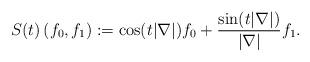
LaTeX: \begin{align*}S(t)\left(f_0, f_1\right):=\cos(t|\nabla|)f_0+\frac{\sin (t|\nabla|)}{|\nabla|}f_1.\end{align*}